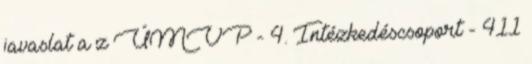
javaslat a z ÚMVP - 4. Intézkedéscsoport - 411